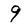
Character: 9